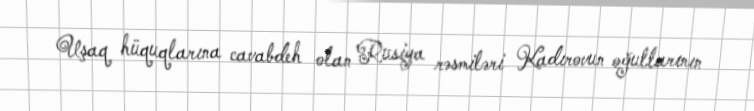
Uşaq hüquqlarına cavabdeh olan Rusiya rəsmiləri Kadırovun oğullarının